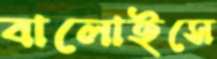
বালোইসে